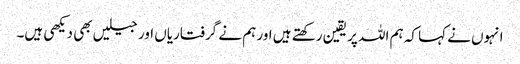
انہوں نے کہا کہ ہم اللہ پر یقین رکھتے ہیں اور ہم نے گرفتاریاں اور جیلیں بھی دیکھی ہیں۔